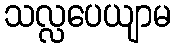
သလ္လပေယျာမ